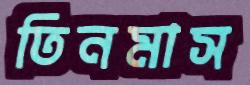
তিনমাস